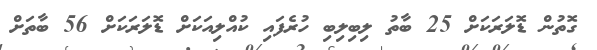
ގޮތުން ޑޮލަރަކަށް 25 ބާތު ލިބިލިބި ހުރެފައި ކުއްލިއަކަށް ޑޮލަރަކަށް 56 ބާތަށް